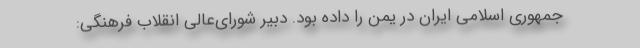
جمهوری اسلامی ایران در یمن را داده بود. دبیر شورای‌عالی انقلاب فرهنگی: